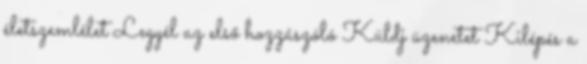
életszemlélet Legyél az első hozzászóló Küldj üzenetet Kilépés a